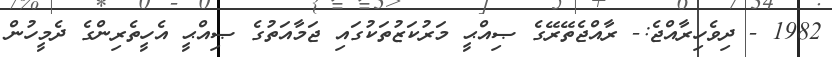
1982 - ދިވެހިރާއްޖެ:- ރާއްޖެތޭރޭގެ ޞިއްޙީ މަރުކަޒުތަކުގައި ޖަމާއަތުގެ ޞިއްޙީ އެހީތެރިންގެ ދެމީހުން